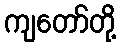
ကျတော်တို့